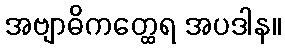
အဗျာဓိကတ္ထေရ အပဒါန။